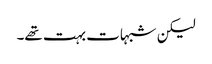
لیکن شبہات بہت تھے۔